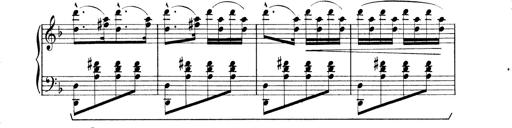
Title: Rapsodie: 19 ungheresi, 1 spagnuola
Composer: Franz Liszt